Insane asylums Bombay 1873-77 - 1873-1877
Year: 1873
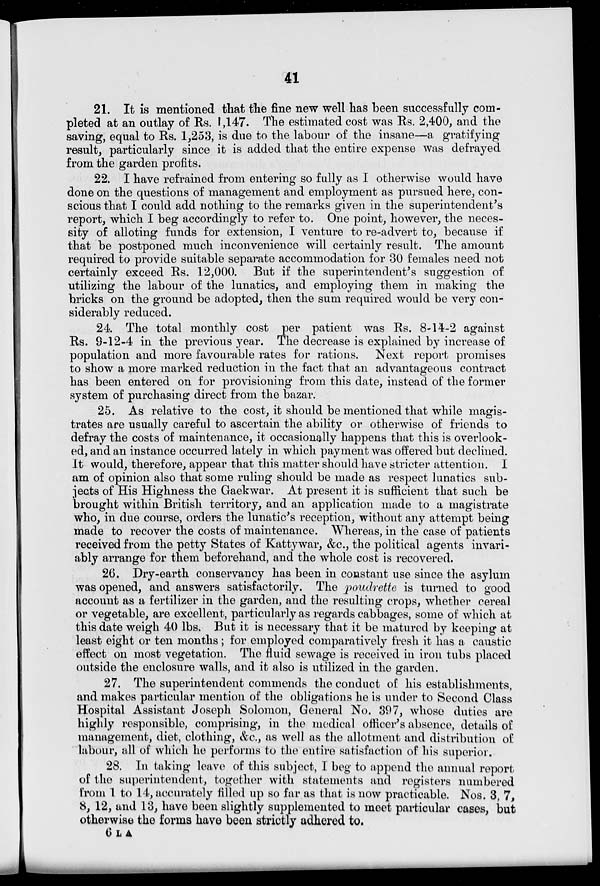
41
21. It is mentioned that the fine new well has been successfully com-
pleted at an outlay of Rs. 1,147. The estimated cost was Rs. 2,400, and the
saving, equal to Rs. 1,253, is due to the labour of the insane—a gratifying
result, particularly since it is added that the entire expense was defrayed
from the garden profits.
22. I have refrained from entering so fully as I otherwise would have
done on the questions of management and employment as pursued here, con-
scious that I could add nothing to the remarks given in the superintendent's
report, which I beg accordingly to refer to. One point, however, the neces-
sity of alloting funds for extension, I venture to re-advert to, because if
that be postponed much inconvenience will certainly result. The amount
required to provide suitable separate accommodation for 30 females need not
certainly exceed Rs. 12,000. But if the superintendent's suggestion of
utilizing the labour of the lunatics, and employing them in making the
bricks on the ground be adopted, then the sum required would be very con-
siderably reduced.
24. The total monthly cost per patient was Rs. 8-14-2 against
Rs. 9-12-4 in the previous year. The decrease is explained by increase of
population and more favourable rates for rations. Next report promises
to show a more marked reduction in the fact that an advantageous contract
has been entered on for provisioning from this date, instead of the former
system of purchasing direct from the bazar.
25. As relative to the cost, it should be mentioned that while magis-
trates are usually careful to ascertain the ability or otherwise of friends to
defray the costs of maintenance, it occasionally happens that this is overlook-
ed, and an instance occurred lately in which payment was offered but declined.
It would, therefore, appear that this matter should have stricter attention. I
am of opinion also that some ruling should be made as respect lunatics sub-
jects of His Highness the Gaekwar. At present it is sufficient that such be
brought within British territory, and an application made to a magistrate
who, in due course, orders the lunatic's reception, without any attempt being
made to recover the costs of maintenance. Whereas, in the case of patients
received from the petty States of Kattywar, &c., the political agents invari-
ably arrange for them beforehand, and the whole cost is recovered.
26. Dry-earth conservancy has been in constant use since the asylum
was opened, and answers satisfactorily. The poudrette is turned to good
account as a fertilizer in the garden, and the resulting crops, whether cereal
or vegetable, are excellent, particularly as regards cabbages, some of which at
this date weigh 40 lbs. But it is necessary that it be matured by keeping at
least eight or ten months; for employed comparatively fresh it has a caustic
effect on most vegetation. The fluid sewage is received in iron tubs placed
outside the enclosure walls, and it also is utilized in the garden.
27. The superintendent commends the conduct of his establishments,
and makes particular mention of the obligations he is under to Second Class
Hospital Assistant Joseph Solomon, General No. 397, whose duties are
highly responsible, comprising, in the medical officer's absence, details of
management, diet, clothing, &c., as well as the allotment and distribution of
labour, all of which he performs to the entire satisfaction of his superior.
28. In taking leave of this subject, I beg to append the annual report
of the superintendent, together with statements and registers numbered
from 1 to 14, accurately filled up so far as that is now practicable. Nos. 3, 7,
8, 12, and 13, have been slightly supplemented to meet particular cases, but
otherwise the forms have been strictly adhered to.
6 L A